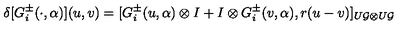
\delta [ G _ { i } ^ { \pm } ( \cdot , \alpha ) ] ( u , v ) = [ G _ { i } ^ { \pm } ( u , \alpha ) \otimes I + I \otimes G _ { i } ^ { \pm } ( v , \alpha ) , r ( u - v ) ] _ { U { \cal G } \otimes U { \cal G } }